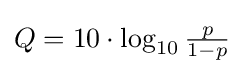
Q=10\cdot \log _{10}{\tfrac {p}{1-p}}